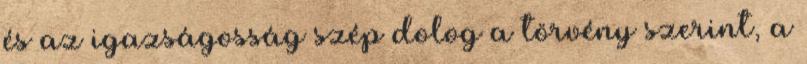
és az igazságosság szép dolog a törvény szerint, a